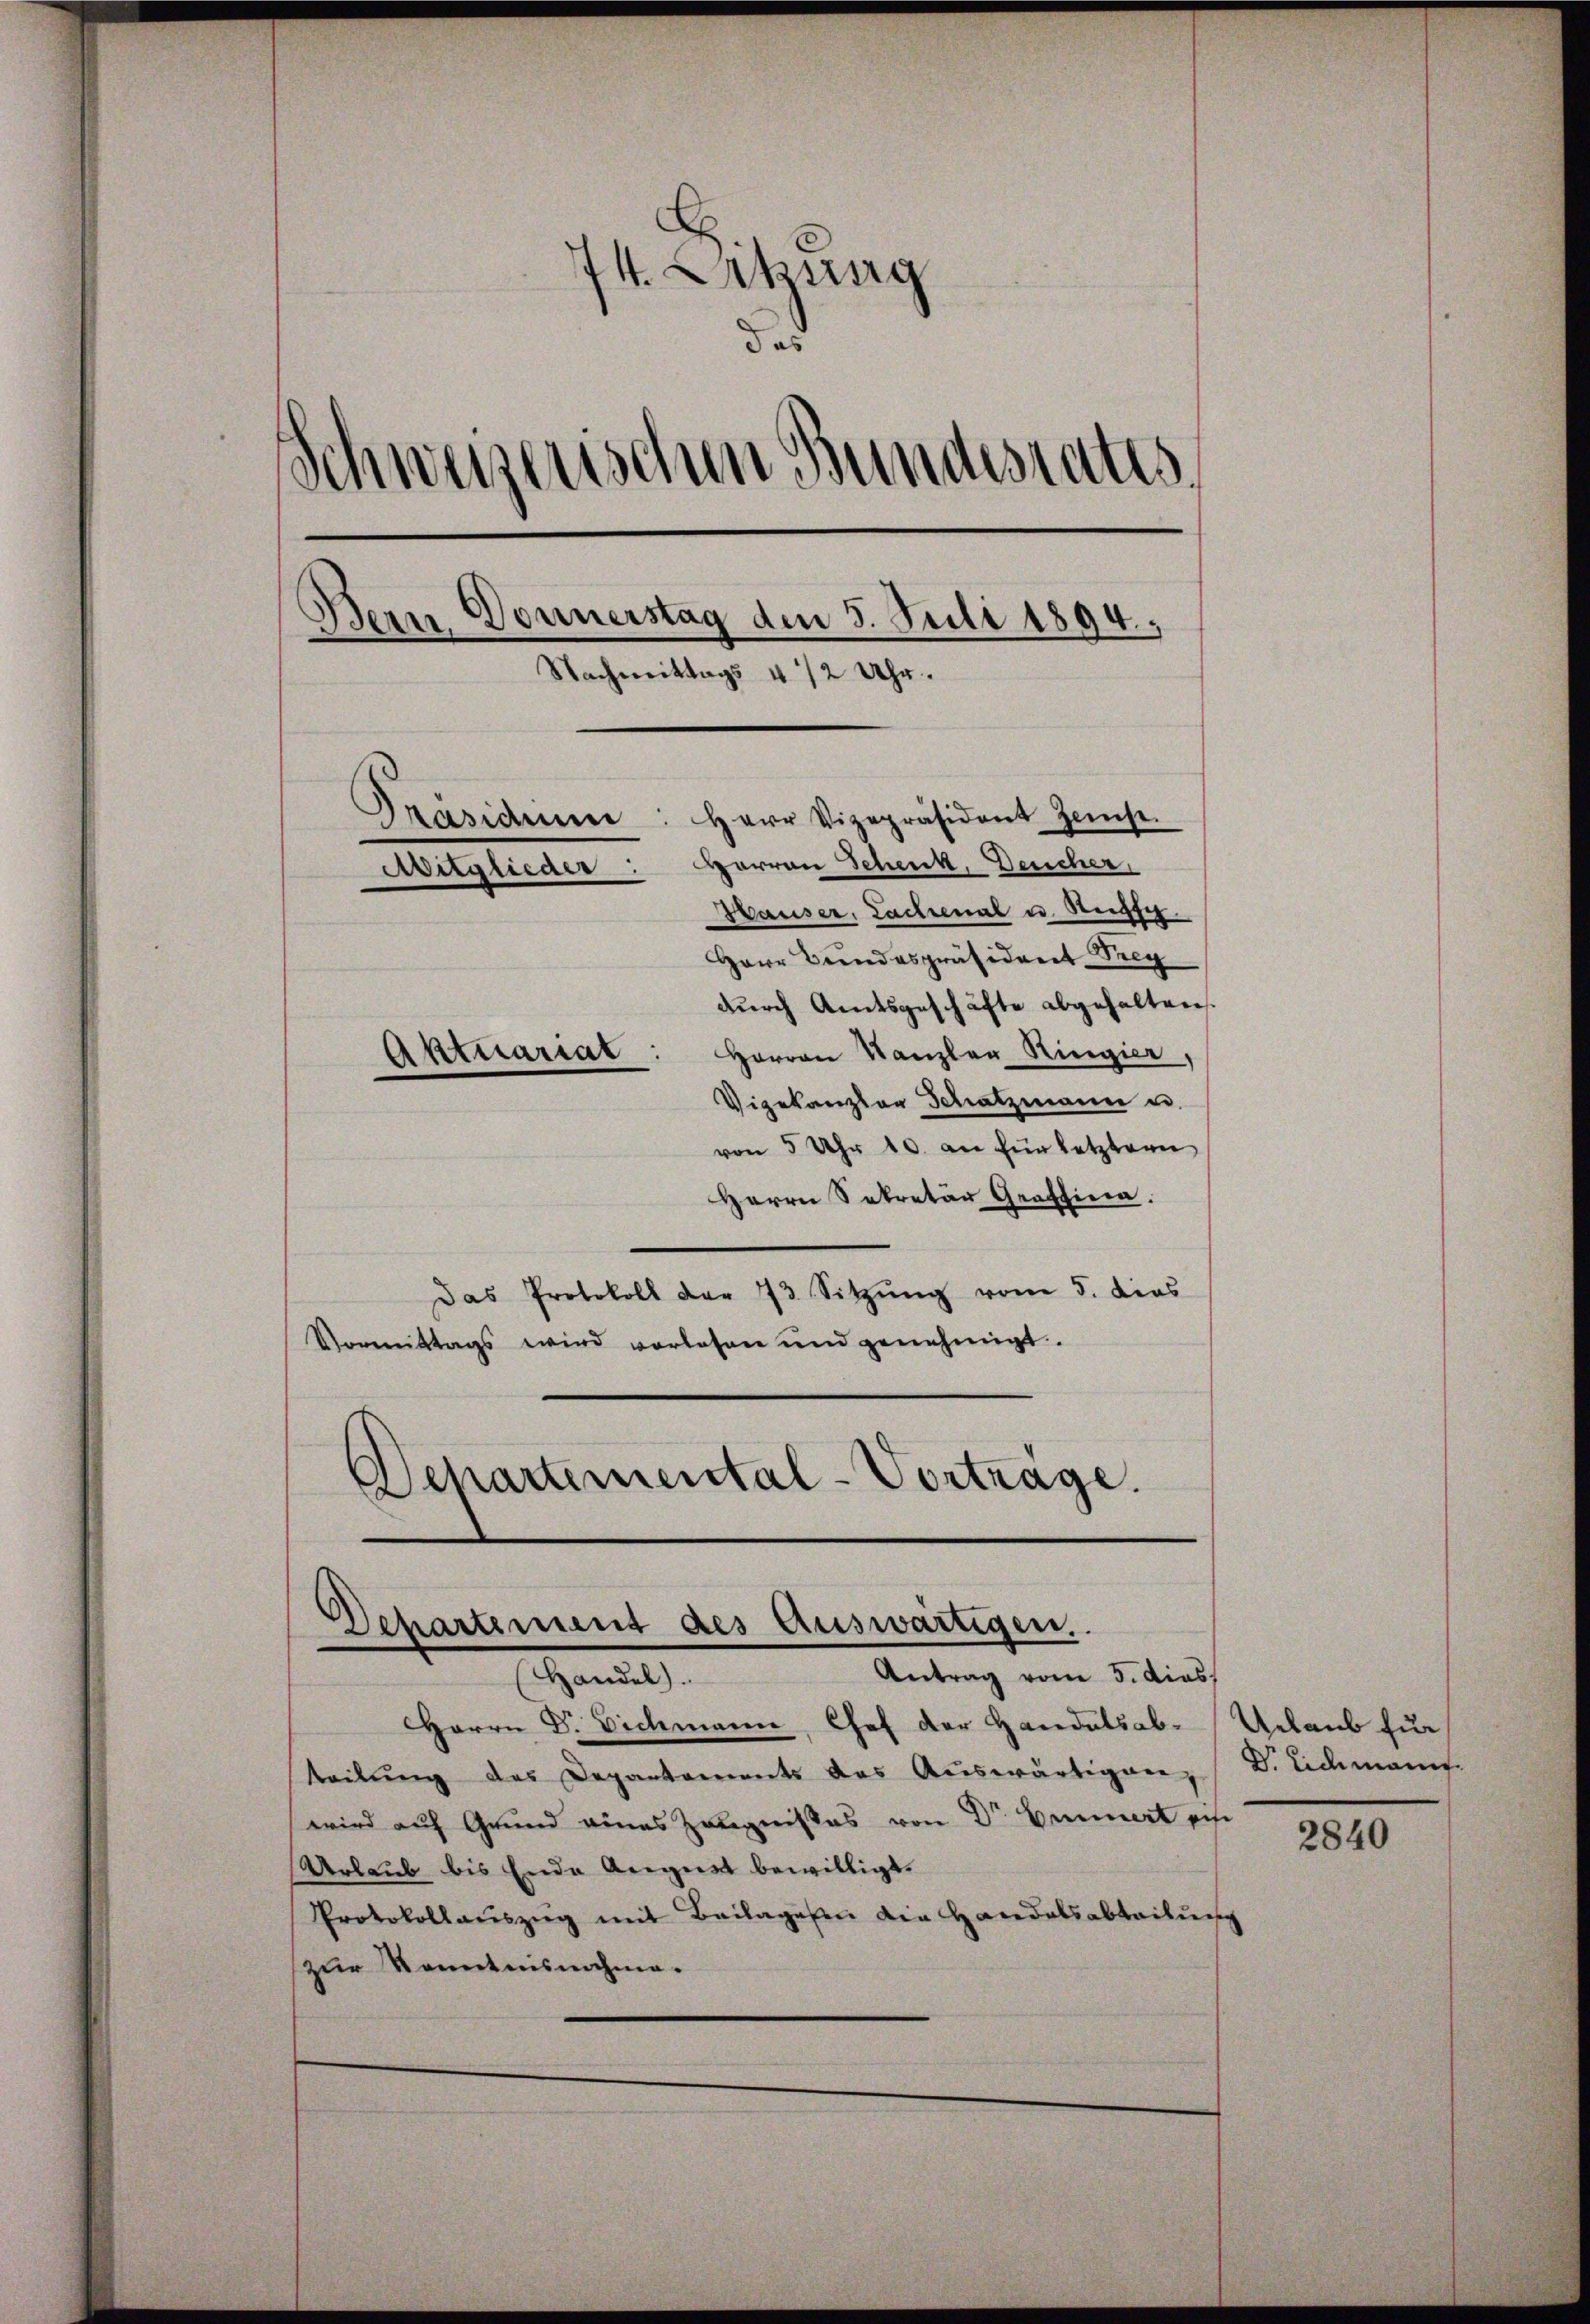
74. Sitzung
dad
Schweizerischen Bundestatis
Bern Donnerstag den 5. Juli 1894,

Nachmittags 4 1/2 Uhr.
Präsiden: Herr Vizepräsident Heist.
Avitglieder: Herren Schenk, Deucher,
Hauser, Lachenal u. Rehfe
Herr Bundespräsident Drey
durch Amtsgeschäfte abgehalten.
Herrn Kanzler Ringier
Aktuariat
Vigekanzler Schatzmann u.

von 5 Uhr 10. an für letztern
Herrn Sekretär Graffina.
Das Protokoll der 73 Sitzŭng vom 5. dies
Vormittags wird vorlesen und genehmigt.
Departemental-Vorträge.

Dchartement des Auswärtigen.
Antrag vom 5. dies

Tannes
Herrn Dr. Dichmann, Chef der Handelsab-Urlaub zur
teilŭng des Departements das Aŭswärtigen
wird auf Grund eines Zeugnißes von Dr Emmert sehe
Urlaub bis Ende August bewilligt.
Protokollauszug mit Beilagenen die Handelsabteilung
zur Kenntnisnahme.

Dr Eidemann.

2840